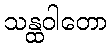
သန္ထဝါတော